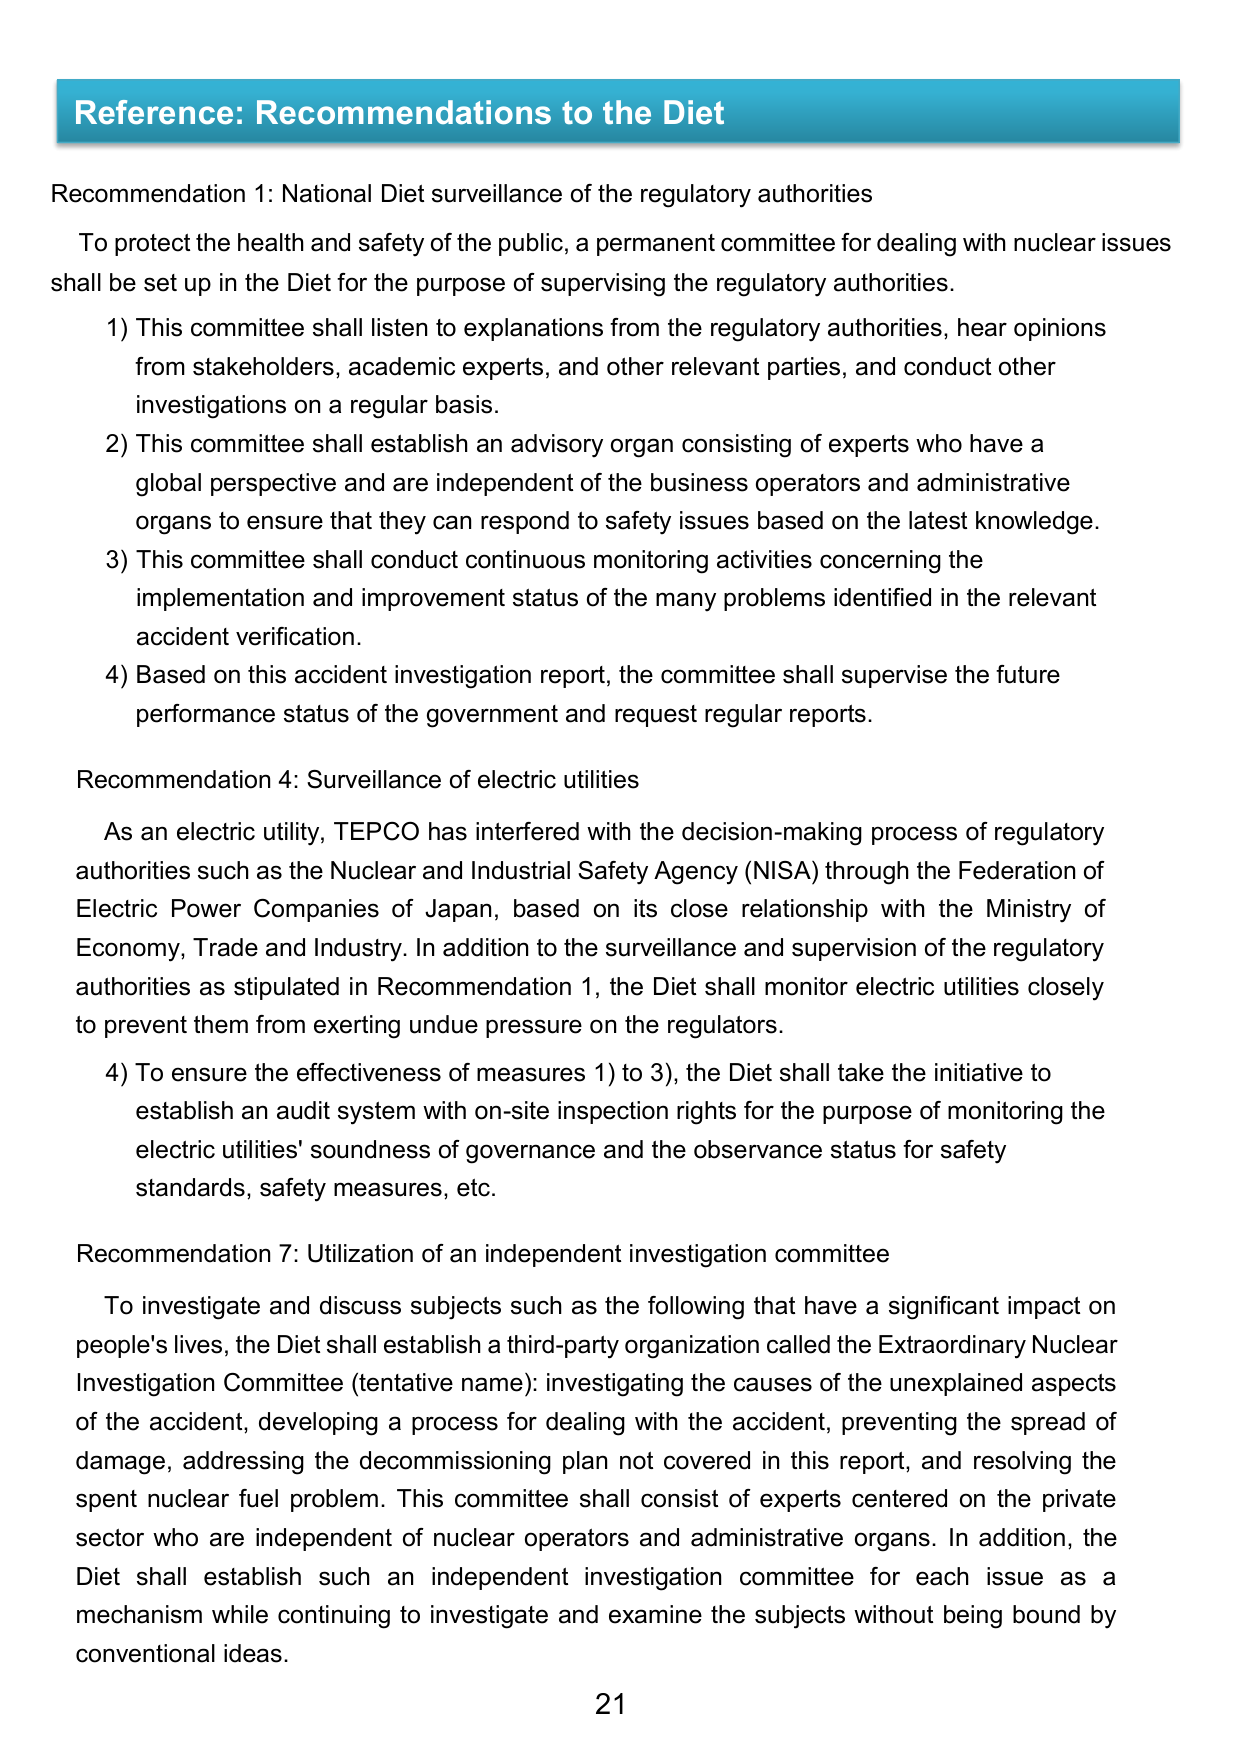
Reference: Recommendations to the Diet

Recommendation 1: National Diet surveillance of the regulatory authorities

To protect the health and safety of the public, a permanent committee for dealing with nuclear issues shall be set up in the Diet for the purpose of supervising the regulatory authorities.

1) This committee shall listen to explanations from the regulatory authorities, hear opinions from stakeholders, academic experts, and other relevant parties, and conduct other investigations on a regular basis.

2) This committee shall establish an advisory organ consisting of experts who have a global perspective and are independent of the business operators and administrative organs to ensure that they can respond to safety issues based on the latest knowledge.

3) This committee shall conduct continuous monitoring activities concerning the implementation and improvement status of the many problems identified in the relevant accident verification.

4) Based on this accident investigation report, the committee shall supervise the future performance status of the government and request regular reports.

Recommendation 4: Surveillance of electric utilities

As an electric utility, TEPCO has interfered with the decision-making process of regulatory authorities such as the Nuclear and Industrial Safety Agency (NISA) through the Federation of Electric Power Companies of Japan, based on its close relationship with the Ministry of Economy, Trade and Industry. In addition to the surveillance and supervision of the regulatory authorities as stipulated in Recommendation 1, the Diet shall monitor electric utilities closely to prevent them from exerting undue pressure on the regulators.

4) To ensure the effectiveness of measures 1) to 3), the Diet shall take the initiative to establish an audit system with on-site inspection rights for the purpose of monitoring the electric utilities' soundness of governance and the observance status for safety standards, safety measures, etc.

Recommendation 7: Utilization of an independent investigation committee

To investigate and discuss subjects such as the following that have a significant impact on people's lives, the Diet shall establish a third-party organization called the Extraordinary Nuclear Investigation Committee (tentative name): investigating the causes of the unexplained aspects of the accident, developing a process for dealing with the accident, preventing the spread of damage, addressing the decommissioning plan not covered in this report, and resolving the spent nuclear fuel problem. This committee shall consist of experts centered on the private sector who are independent of nuclear operators and administrative organs. In addition, the Diet shall establish such an independent investigation committee for each issue as a mechanism while continuing to investigate and examine the subjects without being bound by conventional ideas.

21